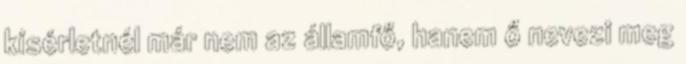
kísérletnél már nem az államfő, hanem ő nevezi meg